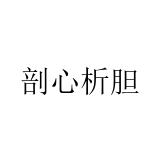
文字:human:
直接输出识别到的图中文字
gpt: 剖心析胆